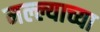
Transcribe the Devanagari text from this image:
मल्ल्याच्या